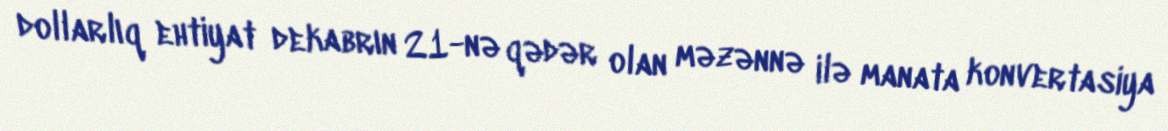
dollarlıq ehtiyat dekabrın 21-nə qədər olan məzənnə ilə manata konvertasiya